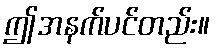
ဤအနက်ပင်တည်း။